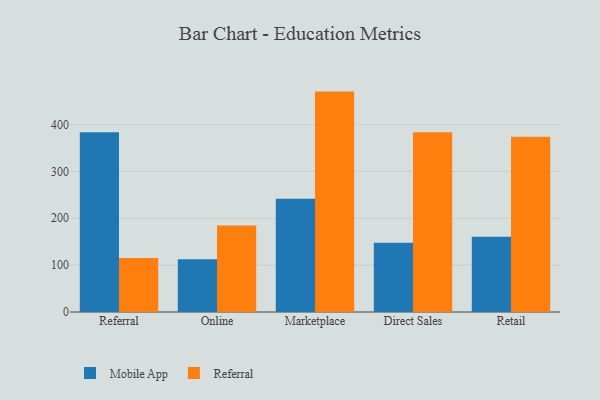
{"axis": {"x": "Channel", "y": "Latency (ms)"}, "legend": ["Mobile App", "Referral"], "data": [{"x": "Referral", "y": 383.5, "type": "Mobile App"}, {"x": "Referral", "y": 115.2, "type": "Referral"}, {"x": "Online", "y": 112.4, "type": "Mobile App"}, {"x": "Online", "y": 184.4, "type": "Referral"}, {"x": "Marketplace", "y": 241.8, "type": "Mobile App"}, {"x": "Marketplace", "y": 470.3, "type": "Referral"}, {"x": "Direct Sales", "y": 147.9, "type": "Mobile App"}, {"x": "Direct Sales", "y": 383.8, "type": "Referral"}, {"x": "Retail", "y": 160.6, "type": "Mobile App"}, {"x": "Retail", "y": 373.8, "type": "Referral"}]}